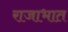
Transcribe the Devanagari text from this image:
राजाभात